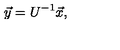
\vec { y } = U ^ { - 1 } \vec { x } ,